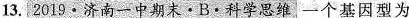
13.2019·济南一中期末·B·科学思维一个基因型为